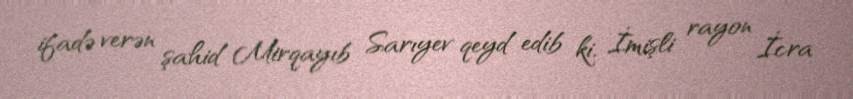
ifadə verən şahid Mirqayıb Sarıyev qeyd edib ki, İmişli rayon İcra